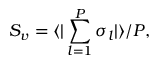
S _ { v } = \langle | \sum _ { l = 1 } ^ { \cal P } { \sigma _ { l } } | \rangle / { \cal P } ,